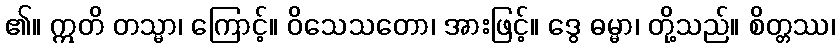
၏။ ဣတိ တသ္မာ၊ ကြောင့်။ ဝိသေသတော၊ အားဖြင့်။ ဒွေ ဓမ္မာ၊ တို့သည်။ စိတ္တဿ၊